Indian journal of veterinary science and animal husbandry - Volumes 18-21, 1948-1951
Year: 1948
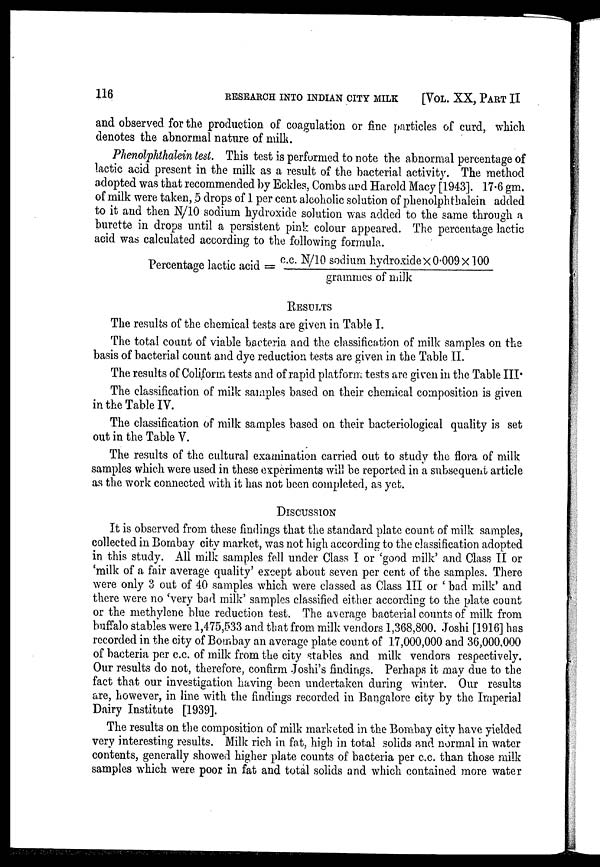
116
RESEARCH INTO INDIAN CITY MILK
[VOL. XX, PART II
and observed for the production of coagulation or fine particles of curd, which
denotes the abnormal nature of milk.
Phenolphthalein test. This test is performed to note the abnormal percentage of
lactic acid present in the milk as a result of the bacterial activity. The method
adopted was that recommended by Eckles, Combs and Harold Macy [1943]. 17.6 gm.
of milk were taken, 5 drops of 1 per cent alcoholic solution of phenolphthalein added
to it and then N/10 sodium hydroxide solution was added to the same through a
burette in drops until a persistent pink colour appeared. The percentage lactic
acid was calculated according to the following formula.
Percentage lactic acid = c.c. N/10 sodium hydroxide x 0.009 x 100/grammes of milk
RESULTS
The results of the chemical tests are given in Table I.
The total count of viable bacteria and the classification of milk samples on the
basis of bacterial count and dye reduction tests are given in the Table II.
The results of Coliform tests and of rapid platform tests are given in the Table III.
The classification of milk samples based on their chemical composition is given
in the Table IV.
The classification of milk samples based on their bacteriological quality is set
out in the Table V.
The results of the cultural examination carried out to study the flora of milk
samples which were used in these experiments will be reported in a subsequent article
as the work connected with it has not been completed, as yet.
DISCUSSION
It is observed from these findings that the standard plate count of milk samples,
collected in Bombay city market, was not high according to the classification adopted
in this study. All milk samples fell under Class I or 'good milk' and Class II or
'milk of a fair average quality' except about seven per cent of the samples. There
were only 3 out of 40 samples which were classed as Class III or ' bad milk' and
there were no 'very bad milk' samples classified either according to the plate count
or the methylene blue reduction test. The average bacterial counts of milk from
buffalo stables were 1,475,533 and that from milk vendors 1,368,800. Joshi [1916] has
recorded in the city of Bombay an average plate count of 17,000,000 and 36,000,000
of bacteria per c.c. of milk from the city stables and milk vendors respectively.
Our results do not, therefore, confirm Joshi's findings. Perhaps it may due to the
fact that our investigation having been undertaken during winter. Our results
are, however, in line with the findings recorded in Bangalore city by the Imperial
Dairy Institute [1939].
The results on the composition of milk marketed in the Bombay city have yielded
very interesting results. Milk rich in fat, high in total solids and normal in water
contents, generally showed higher plate counts of bacteria per c.c. than those milk
samples which were poor in fat and total solids and which contained more water